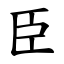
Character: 臣